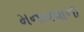
મનાવવાના